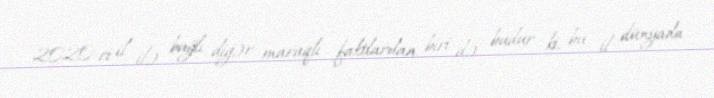
2020-ci il ilə bağlı digər maraqlı faktlardan biri də budur ki, bu il dünyada